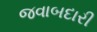
જવાબદારી